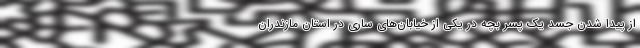
از پیدا شدن جسد یک پسر بچه در یکی از خیابان‌های ساری در استان مازندران